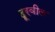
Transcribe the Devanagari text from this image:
दूरवील